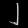
Digit: ၂